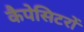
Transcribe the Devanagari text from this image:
कैपेसिटरों